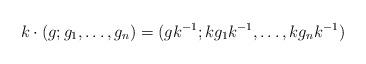
LaTeX: \begin{align*} k \cdot (g; g_1, \ldots, g_n) = (g k^{-1}; k g_1 k^{-1}, \ldots, k g_n k^{-1})\end{align*}